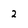
Character: 2